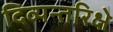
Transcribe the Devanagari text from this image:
दिव्यन्तरिक्षे